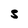
Character: 5